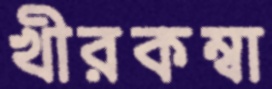
খীরকম্বা